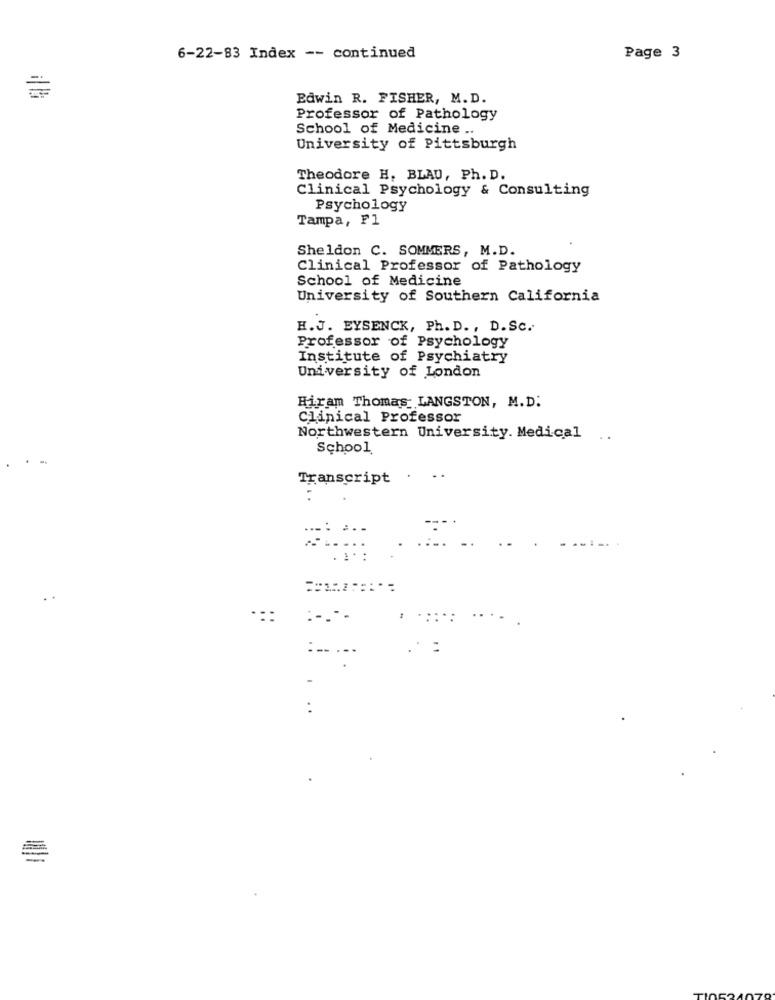
6-22-83 Index -- continued
Page 3
Edwin R. FISHER, M. D.
Professor of Pathology
School of Medicine ..
University of Pittsburgh
Theodore H. BLAU, Ph. D.
Clinical Psychology & Consulting
Psychology
Tampa, Fl
Sheldon C. SOMMERS, M.D.
Clinical Professor of Pathology
School of Medicine
University of Southern California
H.J. EYSENCK, Ph. D ., D. Sc.
Professor of Psychology
Institute of Psychiatry
University of London
Hiram Thomas LANGSTON, M.D.
Clinical Professor
Northwestern University. Medical
School
Transcript
·::
:----
:-- ---
: